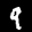
Label: 9